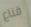
قناع